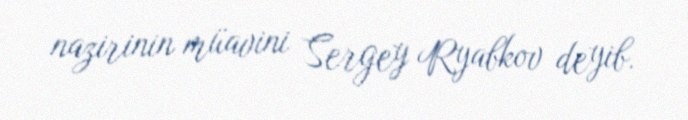
nazirinin müavini Sergey Ryabkov deyib.